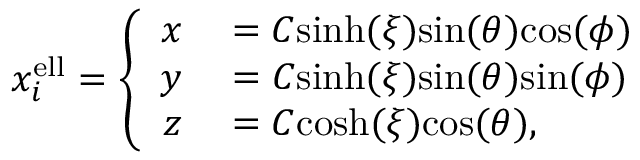
\begin{array} { r } { x _ { i } ^ { \mathrm { e l l } } = \left\{ \begin{array} { r l } { x } & { { } = C \mathrm { s i n h } ( \xi ) \mathrm { s i n } ( \theta ) \mathrm { c o s } ( \phi ) } \\ { y } & { { } = C \mathrm { s i n h } ( \xi ) \mathrm { s i n } ( \theta ) \mathrm { s i n } ( \phi ) } \\ { z } & { { } = C \mathrm { c o s h } ( \xi ) \mathrm { c o s } ( \theta ) , } \end{array} \right. } \end{array}